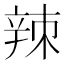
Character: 𫐛